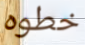
خطوه